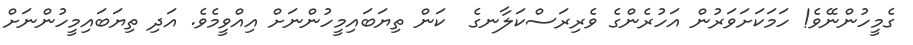
ގެމީހުންނޭވެ! ހަމަކަށަވަރުން އަހުރެންގެ ވެރިރަސްކަލާނގެ  ކަން ތިޔަބައިމީހުންނަށް އިއްވީމެވެ. އަދި ތިޔަބައިމީހުންނަށް